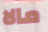
مالا